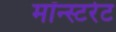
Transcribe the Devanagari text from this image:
मॉन्स्टरेट